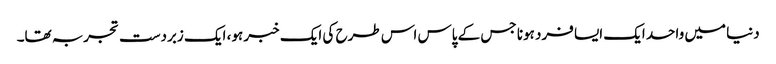
دنیا میں واحد ایک ایسا فرد ہونا جس کے پاس اس طرح کی ایک خبر ہو، ایک زبردست تجربہ تھا۔